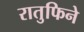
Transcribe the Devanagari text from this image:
रातुफिने